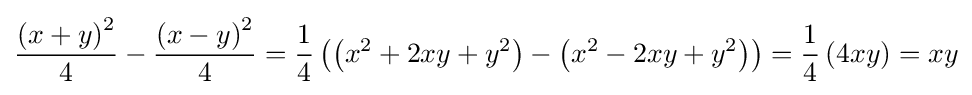
{\frac {\left(x+y\right)^{2}}{4}}-{\frac {\left(x-y\right)^{2}}{4}}={\frac {1}{4}}\left(\left(x^{2}+2xy+y^{2}\right)-\left(x^{2}-2xy+y^{2}\right)\right)={\frac {1}{4}}\left(4xy\right)=xy